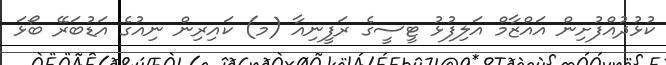
ކުޅުދުއްފުށިން އައްޒާމް އަލިފުޅު ޓީސީގެ ރަފީނިއާ (މ) ކައިރިން ނިއުގެ އަޑުބަރޭ ބޯޅަ